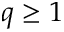
q \geq 1